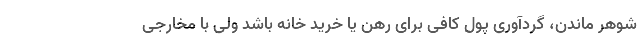
شوهر ماندن، گردآوری پول کافی برای رهن یا خرید خانه باشد ولی با مخارجی